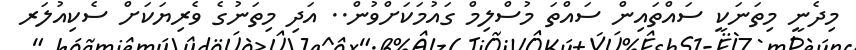
މިދެނީ މިތަނަކީ ސައްތައިން ސައްތަ މުސްލިމް ގައުމަކަށްވުން.. އަދި މިތަނުގެ ވެރިޔަކަށް ސެކިއުލަރ